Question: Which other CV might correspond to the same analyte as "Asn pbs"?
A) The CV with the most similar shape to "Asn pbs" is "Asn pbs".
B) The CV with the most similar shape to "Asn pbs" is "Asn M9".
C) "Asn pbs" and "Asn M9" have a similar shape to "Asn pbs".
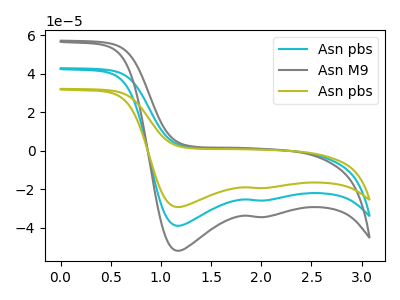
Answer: <think>The cyan curve "Asn pbs" has cathodic peaks at (1.15V, -38.90uA) (2.05V, -25.75uA). The gray curve "Asn M9" has cathodic peaks at (1.15V, -77.75uA) (2.05V, -51.50uA). The olive curve "Asn pbs" has cathodic peaks at (1.15V, -29.15uA) (2.05V, -19.30uA).
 All the peaks in "Asn pbs" have a peak in "Asn M9" at the same potential. Every peak in "Asn pbs" is lower than every peak in "Asn M9". All the peaks in "Asn pbs" have a peak in "Asn pbs" at the same potential. Every peak in "Asn pbs" is higher than every peak in "Asn pbs". All the peaks in "Asn M9" have a peak in "Asn pbs" at the same potential. Every peak in "Asn M9" is higher than every peak in "Asn pbs".</think>
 <answer>C) "Asn pbs" and "Asn M9" have a similar shape to "Asn pbs".</answer>
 <eval>C</eval>